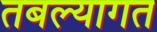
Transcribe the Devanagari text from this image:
तबल्यागत